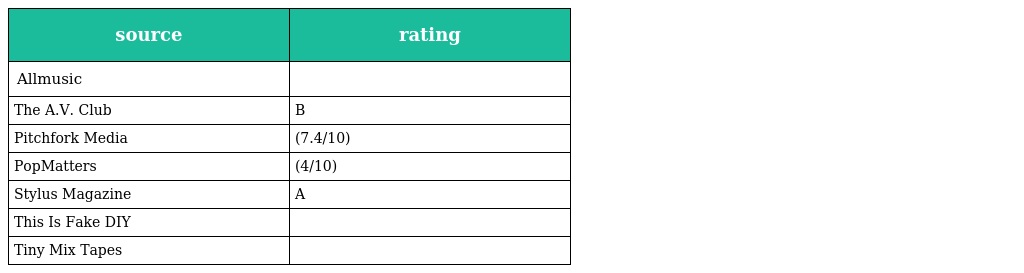
| source | rating |
 | --- | --- |
 | Allmusic |  |
 | The A.V. Club | B |
 | Pitchfork Media | (7.4/10) |
 | PopMatters | (4/10) |
 | Stylus Magazine | A |
 | This Is Fake DIY |  |
 | Tiny Mix Tapes |  |